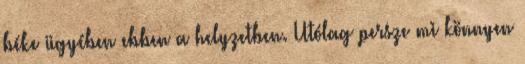
béke ügyében ebben a helyzetben. Utólag persze mi könnyen